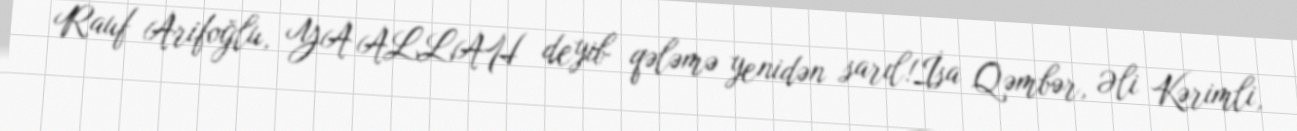
Rauf Arifoğlu, YA ALLAH deyib qələmə yenidən sarıl!İsa Qəmbər, Əli Kərimli,